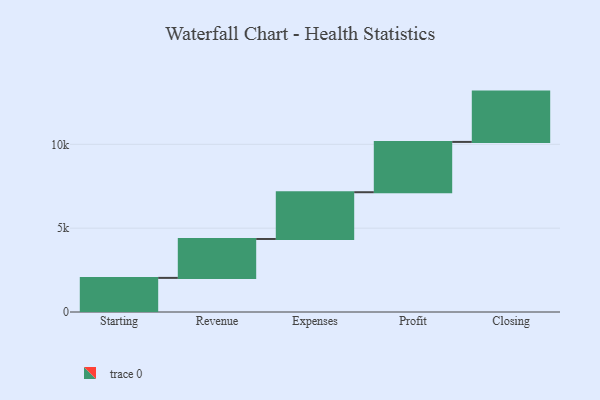
{"axis": {"x": "Step", "y": "Value"}, "legend": [""], "data": [{"x": "Starting", "y": 2034.0, "type": ""}, {"x": "Revenue", "y": 2321.0, "type": ""}, {"x": "Expenses", "y": 2788.0, "type": ""}, {"x": "Profit", "y": 3000, "type": ""}, {"x": "Closing", "y": 3000, "type": ""}]}